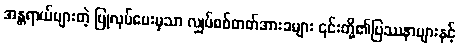
အန္တရာယ်များတဲ့ ပြုလုပ်ပေးမှသာ လျှပ်စစ်ဓာတ်အားခများ ၎င်းတို့၏ပြဿနာများနှင့်